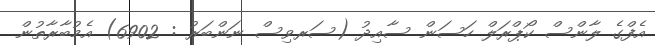
އެފްގެ ލާންސް ކޯޕްރަލް ހަސަން ސާއިދު (ސަރވިސް ނަންބަރު : 6902) އެމުބާރާތުން